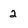
Character: 2